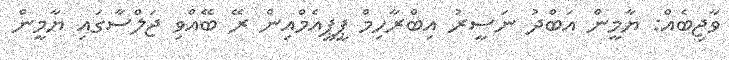
ވާޖިބެއް: ޔާމީން އަބްދު ނަސީރު އިބްރާހިމް ޕީޕީއެމްއިން ރޭ ބޭއްވި ޖަލްސާގައި ޔާމީން